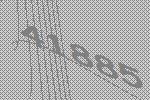
41885